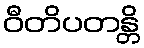
ဝီတိပတန္တိ